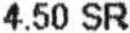
4.50 SR